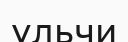
ульчи